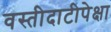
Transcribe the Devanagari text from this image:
वस्तीदाटीपेक्षा